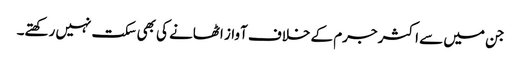
جن میں سے اکثر جرم کے خلاف آواز اٹھانے کی بھی سکت نہیں رکھتے۔